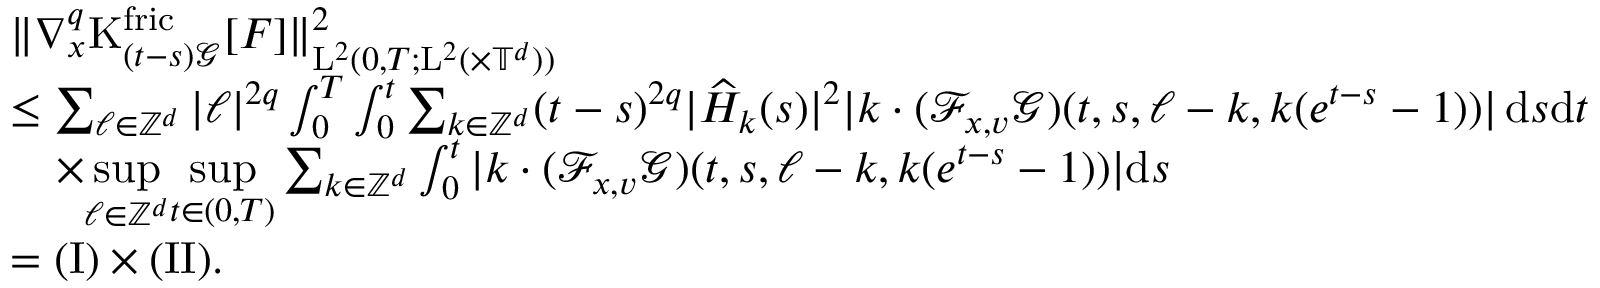
\begin{array} { r l } & { \Vert \nabla _ { x } ^ { q } \mathrm { K } _ { ( t - s ) \mathcal { G } } ^ { \mathrm { f r i c } } [ F ] \Vert _ { \mathrm { L } ^ { 2 } ( 0 , T ; \mathrm { L } ^ { 2 } ( \times \mathbb T ^ { d } ) ) } ^ { 2 } } \\ & { \leq \sum _ { \ell \in \mathbb Z ^ { d } } \vert \ell \vert ^ { 2 q } \int _ { 0 } ^ { T } \int _ { 0 } ^ { t } \sum _ { k \in \mathbb Z ^ { d } } ( t - s ) ^ { 2 q } \vert \widehat { H } _ { k } ( s ) \vert ^ { 2 } \vert k \cdot ( \mathcal { F } _ { x , v } \mathcal { G } ) ( t , s , \ell - k , k ( e ^ { t - s } - 1 ) ) \vert \, \mathrm { d } s \mathrm { d } t } \\ & { \quad \times \underset { \ell \in \mathbb Z ^ { d } } { \operatorname* { s u p } } \underset { t \in ( 0 , T ) } { \operatorname* { s u p } } \sum _ { k \in \mathbb Z ^ { d } } \int _ { 0 } ^ { t } \vert k \cdot ( \mathcal { F } _ { x , v } \mathcal { G } ) ( t , s , \ell - k , k ( e ^ { t - s } - 1 ) ) \vert \mathrm { d } s } \\ & { = ( \mathrm { I } ) \times ( \mathrm { I I } ) . } \end{array}